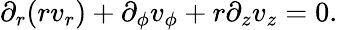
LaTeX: \partial_{r}(rv_{r})+\partial_{\phi}v_{\phi}+r\partial_{z}v_{z}=0.